Sanitation, dispensaries and jails vaccination Rajputana 1922-1927 - 1922-1927
Year: 1922
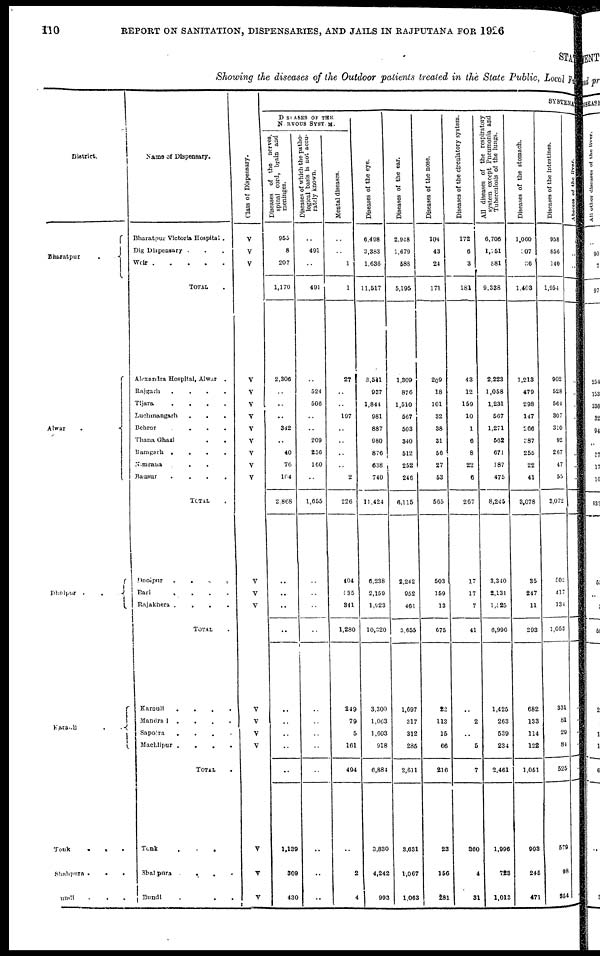
110
REPORT ON SANITATION, DISPENSARIES, AND JAILS IN RAJPUTANA FOR 1926
STATE
Showing the diseases of the Outdoor patients treated in the State Public, Local Fund
District.
Bharatpur
Alwar
.
Dholpur .
.
Karauli
..
Tonk
.
.
.
Shahpura. . .
Bundi
...
Name of Dispensary.
Bharatpur Victoria Hospital .
Dig Dispensary ...
Weir
TOTAL .
Alexandra Hospital, Alwar .
Rajgarh
.
.
.
.
Tijara
.
.
.
.
Luchmangarh ....
Behror
.
.
.
.
Thana Ghazi
. .
Ramgarh
.
.
.
.
Nimrana ....
Bausur
TOTAL .
Dholpur....
Bari
.
.
.
.
Rajakhera
.
.
.
.
TOTAL .
Karauli
.
.
.
.
Mandral ....
Sapora ....
Machilpur
.
.
.
.
TOTAL .
Tonk
Shalpura
....
Bundi ....
Class of Dispensary.
V
V
V
V
V
V
V
V
V
V
V
V
V
V
V
V
V
V
V
V
V
V
SYSTEMA
DESEASES OF THE
NARVOUS SYSTEM.
Diseases of the nerves,
spinal cord, brain and
meninges.
955
8
207
1,170
2,306
..
..
..
342
..
40
76
104
2,868
..
..
..
..
..
..
..
..
..
1,139
309
430
Diseases of which the patho-
logical basis is not accu-
rately known.
..
491
..
491
..
524
506
..
..
209
256
160
..
1,655
..
..
..
..
..
..
..
..
..
..
..
..
Mental diseases.
..
..
1
1
27
..
..
197
..
..
..
..
2
226
404
535
341
1,280
249
79
5
161
494
..
2
4
Diseases of the eye.
6,498
3,383
1,636
11,517
3,541
937
1,844
981
887
980
876
638
740
11,424
6,238
2,159
1,923
10,820
3,300
1,063
1,603
918
6,884
3,830
4,242
993
Diseases of the ear.
2,948
1,679
588
5,195
1,309
876
1,510
567
503
340
512
252
246
6,115
2,242
952
461
3,655
1,697
317
312
285
2,611
3,631
1,067
1,063
Diseases of the nose.
104
43
24
171
209
18
101
32
38
31
56
27
53
565
503
159
13
675
22
113
15
66
216
23
156
281
Diseases of the circulatory system.
172
6
3
181
43
12
159
10
1
6
8
22
6
267
17
17
7
41
..
2
..
5
7
360
4
31
All diseases of the respiratory
system except Pneumonia and
Tuberculosis of the lungs.
6,706
1,751
881
9,338
2,223
1,058
1,231
567
1,271
562
671
187
475
8,245
3,340
2,131
1,025
6,996
1,425
263
539
234
2,461
1,996
723
1,013
Diseases of the stomach.
1,060
307
36
1,403
1,213
479
298
147
266
387
255
22
41
3,078
35
247
11
293
682
133
114
122
1,051
903
245
471
Diseases of the intestines.
958
856
140
1,954
902
528
564
307
310
92
267
47
55
3,072
502
417
134
1,053
331
81
29
84
525
579
98
354
Abscess of the
liver
..
..
..
..
..
..
..
..
..
..
..
..
..
..
..
..
..
..
..
..
..
..
..
..
..
..